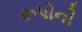
રૂપોની